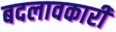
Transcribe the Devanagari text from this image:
बदलावकारी